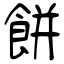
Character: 餅